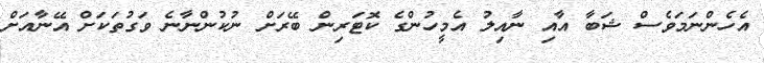
އެހެންނަމަވެސް ޝަބާ އާއި ނާއިލު އެމީހުންގެ ކޮޓަރިން ބޭރަށް ނުކުންނާނެ ވަގުތަކަށް އޭނާއަށް